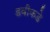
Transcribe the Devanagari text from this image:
डवीकडे